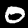
Digit: 0